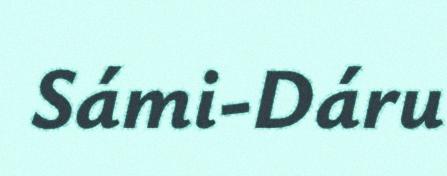
Sámi-Dáru